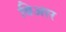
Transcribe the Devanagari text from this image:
बिअरर